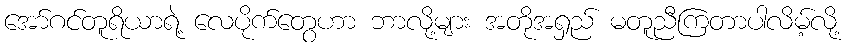
အော်ဂင်တူရိယာရဲ့ လေပိုက်တွေဟာ ဘာလို့များ အတိုအရှည် မတူညီကြတာပါလိမ့်လို့